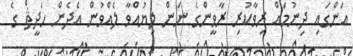
އަންގައި ދިނުމައް ރިވާކުރި ރާވީންގެ ނަން ލިޔުއްވާ ލެއްވުން އެދެން ހަދީޘް ގެ